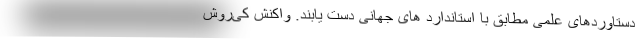
دستاوردهای علمی مطابق با استاندارد های جهانی دست یابند. واکنش کی‌روش